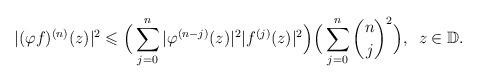
LaTeX: \begin{align*}|(\varphi f)^{(n)}(z)|^2 \leqslant \Big(\sum\limits_{j=0}^n |\varphi^{(n-j)}(z)|^2 |f^{(j)}(z)|^2\Big) \Big(\sum\limits_{j=0}^n {\binom{n}{j}}^2\Big),\,\,\,z\in\mathbb D.\end{align*}